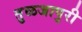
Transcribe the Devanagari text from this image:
तुळजापुरी